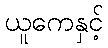
ယူကေနှင့်